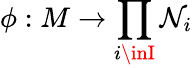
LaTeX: \phi:M\to\prod_{i\inI}\mathcal{N}_{i}